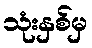
သုံးနှစ်မှ